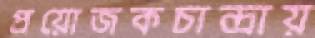
প্রয়োজকচান্দ্রায়